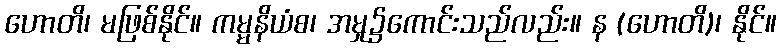
ဟောတိ၊ မဖြစ်နိုင်။ ကမ္မနိယံစ၊ အမှု၌ကောင်းသည်လည်း။ န (ဟောတိ)၊ နိုင်။